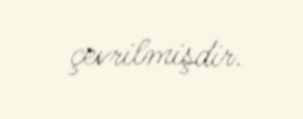
çevrilmişdir.